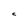
Character: C